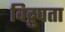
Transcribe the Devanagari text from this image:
विद्रुपता